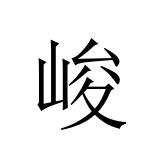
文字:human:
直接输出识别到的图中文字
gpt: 峻